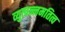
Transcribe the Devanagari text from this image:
व्युत्पन्नमतित्व